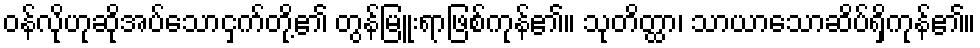
ဝန်လိုဟုဆိုအပ်သောငှက်တို့၏ တွန်မြူးရာဖြစ်ကုန်၏။ သုတိတ္ထာ၊ သာယာသောဆိပ်ရှိကုန်၏။